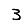
Digit: 3